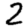
Digit: 2